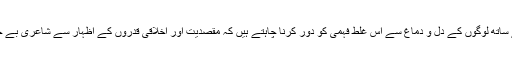
در اصل ملّا صاحب نہایت خوبصورت اور حکمت کے ساتھ لوگوں کے دل و دماغ سے اس غلط فہمی کو دور کرنا چاہتے ہیں کہ مقصدیت اور اخلاقی قدروں کے اظہار سے شاعری بے جان اور سپاٹ ہو جاتی ہے اور غزل تغزل سے محروم۔